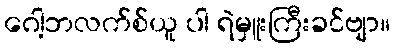
ဂေါ့ဘလက်စ်ယူ ပါ ရဲမှူးကြီးခင်ဗျာ။